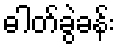
ဓါတ်ခွဲခန်း